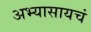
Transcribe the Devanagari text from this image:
अभ्यासायचं